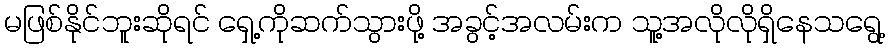
မဖြစ်နိုင်ဘူးဆိုရင် ရှေ့ကိုဆက်သွားဖို့ အခွင့်အလမ်းက သူ့အလိုလိုရှိနေသရွေ့